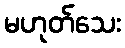
မဟုတ်သေး